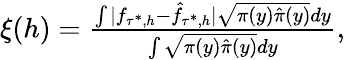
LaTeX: \begin{array}{r}{\xi(h)=\frac{\int|f_{\tau^{*},h}-\hat{f}_{\tau^{*},h}|\sqrt{\pi(y)\hat{\pi}(y)}dy}{\int\sqrt{\pi(y)\hat{\pi}(y)}dy},}\end{array}